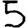
Digit: 5